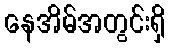
နေအိမ်အတွင်းရှိ